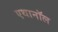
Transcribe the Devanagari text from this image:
एथानॉल